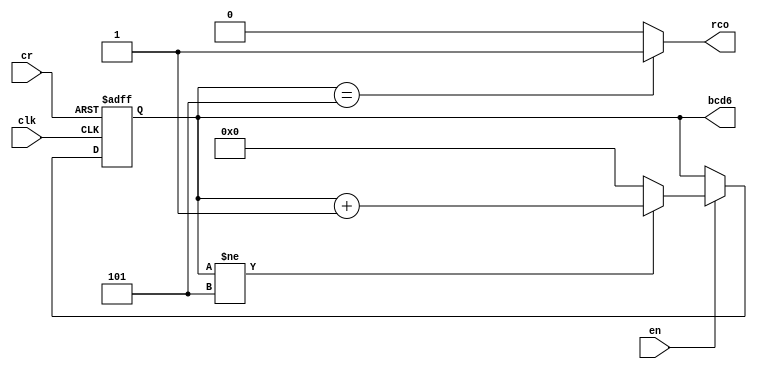
`timescale 1ns / 1ps
//////////////////////////////////////////////////////////////////////////////////
// Company: 
// Engineer: 
// 
// Design Name: 
// Module Name:    c6 
// Project Name: 
// Target Devices: 
// Tool versions: 
// Description: 
//
// Dependencies: 
//
// Revision: 
// Revision 0.01 - File Created
// Additional Comments: 
//
//////////////////////////////////////////////////////////////////////////////////
module c6(
    input clk,
    input cr,
    output rco,
    input en,
    output [3:0] bcd6
    );
	reg [3:0] bcd6r;
	assign rco=(bcd6r==5)?1'b1:1'b0;//
	assign bcd6=bcd6r;
	always @(posedge clk or negedge cr)
		if(!cr)
			bcd6r <=4'b0000;
		else if(en)
			if(bcd6r!=5)
				bcd6r<=bcd6r+1'b1;
			else
				bcd6r<=0;
		else
			bcd6r<=bcd6r;
endmodule